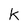
Character: k